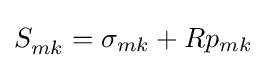
S_{mk}^{}=\sigma _{mk}+Rp_{mk}